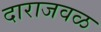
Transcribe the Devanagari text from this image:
दाराजवळ